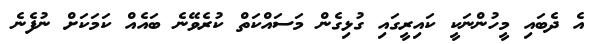
އެ ދެބައި މީހުންނަކީ ކައިރީގައި ގުޅިގެން މަސައްކަތް ކުރެވޭނެ ބައެއް ކަމަކަށް ނުފެނެ